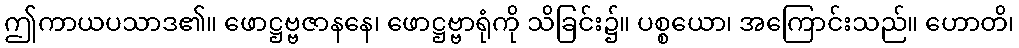
ဤကာယပသာဒ၏။ ဖောဋ္ဌဗ္ဗဇာနနေ၊ ဖောဋ္ဌဗ္ဗာရုံကို သိခြင်း၌။ ပစ္စယော၊ အကြောင်းသည်။ ဟောတိ၊